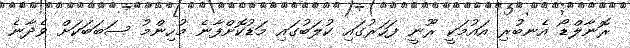
ރޮނާލްޑޯ އެނބުރި އައުމަކީ ރޫނީ ފަހަރުގައި ކުލަބުގައި މަޑުކޮށްފާނެ މުހިންމު ސަބަބަކަށް ވެދާނެ